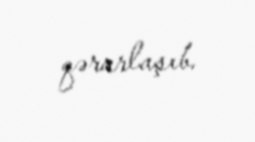
qərarlaşıb.